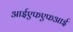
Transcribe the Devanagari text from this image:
आईएफएफआई